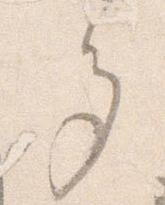
多